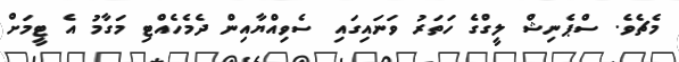
މެޗެވެ. ސްޕެނިޝް ލީގްގެ ހަތަރު ވަނައިގައި ސެވިއްޔާއިން ދެމެހެއްޓި މަގާމު އެ ޓީމަށް